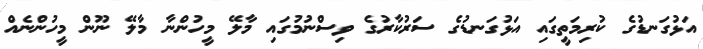
އަޅުގަނޑުގެ ކުރިމަތީގައި އަޅުގަނޑުގެ ސަރުކާރުގެ ވިސްނުމުގައި މާލޭ މީހުންނާ މާލޭ ނޫން މީހުންނެއް